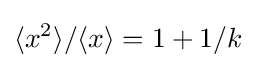
\langle x^{2}\rangle /\langle x\rangle =1+1/k